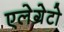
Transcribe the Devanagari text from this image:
एलेग्रेटो